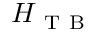
H _ { \mathrm { ~ T ~ B ~ } }